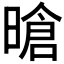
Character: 𪰻